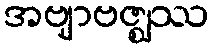
အဗျာဗဇ္ဈဿ